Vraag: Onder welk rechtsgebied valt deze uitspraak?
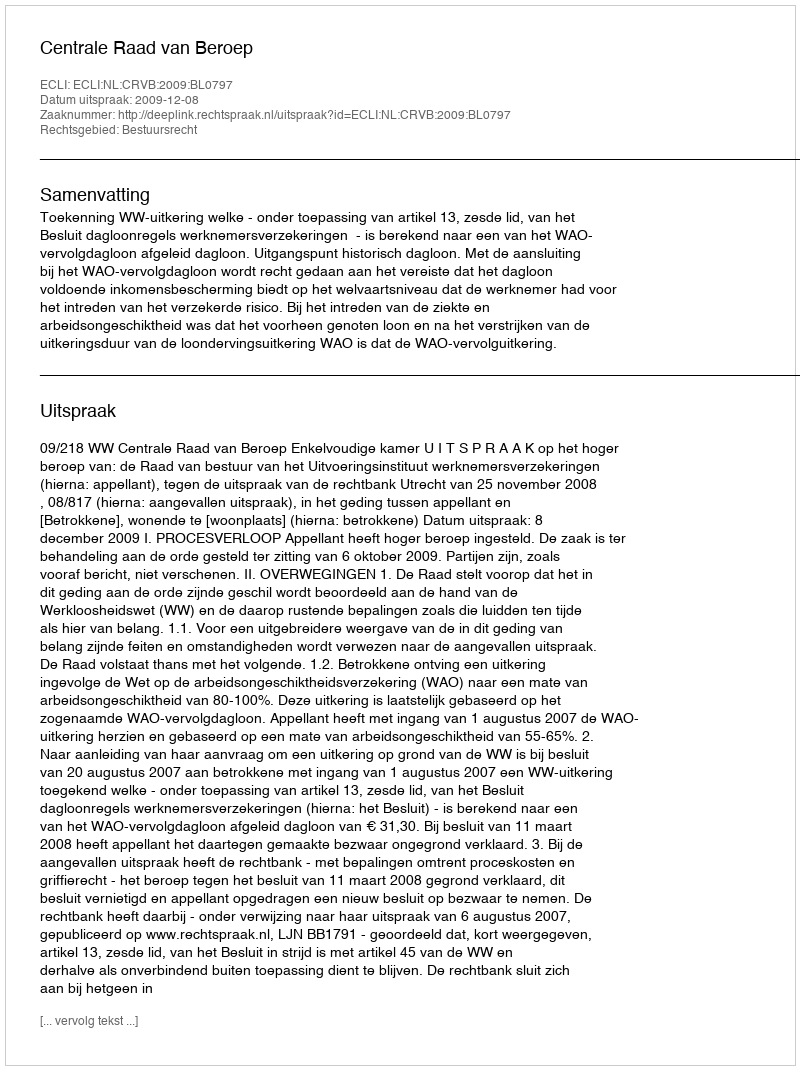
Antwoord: Bestuursrecht